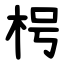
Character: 枵